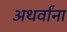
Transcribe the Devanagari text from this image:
अथर्वांना